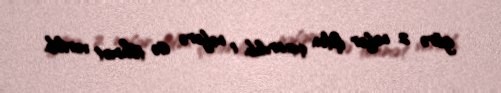
görə 2 nəfər işdən çıxarılıb, 1 nəfərə isə töhmət verilib.